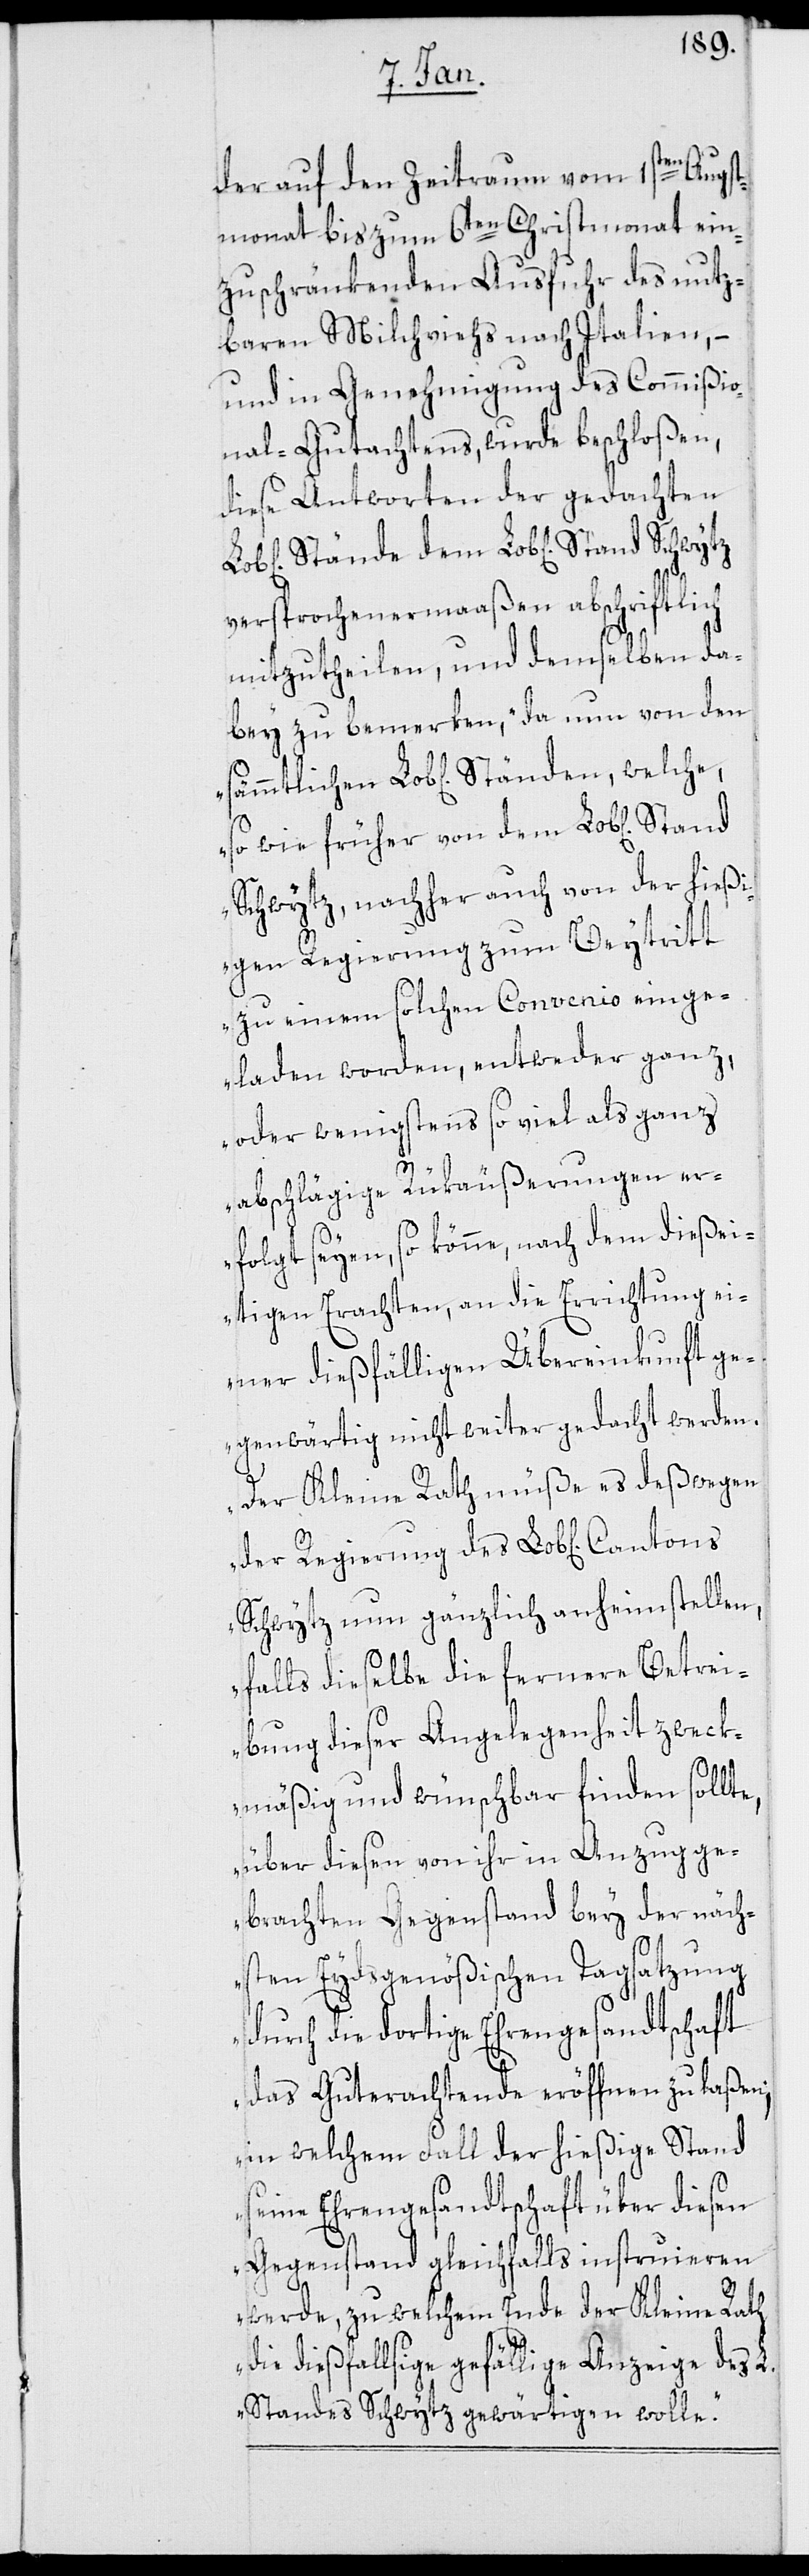
der auf den Zeitraum vom 1sten Augst¬
monat bis zum 6ten Christmonat ein¬
zuschränkenden Ausfuhr des nutz¬
baren Milchviehs nach Italien, –
und in Genehmigung des Commißio¬
nal-Gutachtens, wurde beschloßen,
diese Antworten der gedachten
versprochenermaaßen abschiftlich
mitzutheilen, und demselben da¬
bey zu bemerken, „da nun von den
so wie früher von dem Lob[lichen]
Schwytz, nachher auch von der hießi¬
gen Regierung zum Beytritt
zu einem solchen Convenio einge¬
laden worden, entweder ganz,
oder wenigstens so viel als ganz
abschlägige Rükäußerungen er¬
folgt seyen, so könne nach dem dießei¬
tigen Erachten, an die Errichtung ei¬
ner dießfälligen Übereinkunft ge¬
genwärtig nicht weiter gedacht werden.
Der Kleine Rath müße es deßwegen
Schwytz nun gänzlich anheim stellen,
falls dieselbe die fernere Betrei¬
bung dieser Angelegenheit zweck¬
mäßig und wünschbar finden sollte,
über diesen von ihr in Anzug ge¬
brachten Gegenstand bey der näch¬
sten Eydsgenößischen Tagsatzung
durch die dortige Ehrengesandtschaft
das Guterachtende eröffnen zu laßen;
in welchem Fall der hießige Stand
seine Ehrengesandtschaft über diesen
Gegenstand gleichfalls instruieren
werde, zu welchem Ende der Kleine Rath
die dießfallsige gefällige Anzeige des L.
Standes Schwytz gewärtigen wolle.“